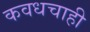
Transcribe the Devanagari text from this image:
कवधचाही